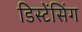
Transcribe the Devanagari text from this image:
डिस्टेंसिंग